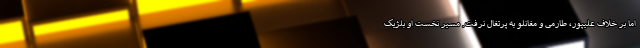
اما بر خلاف علیپور، طارمی و مغانلو به پرتغال نرفت. مسیر نخست او بلژیک